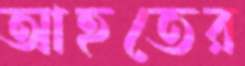
আহতের